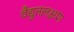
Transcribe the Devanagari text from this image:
वैद्युतलक्षण